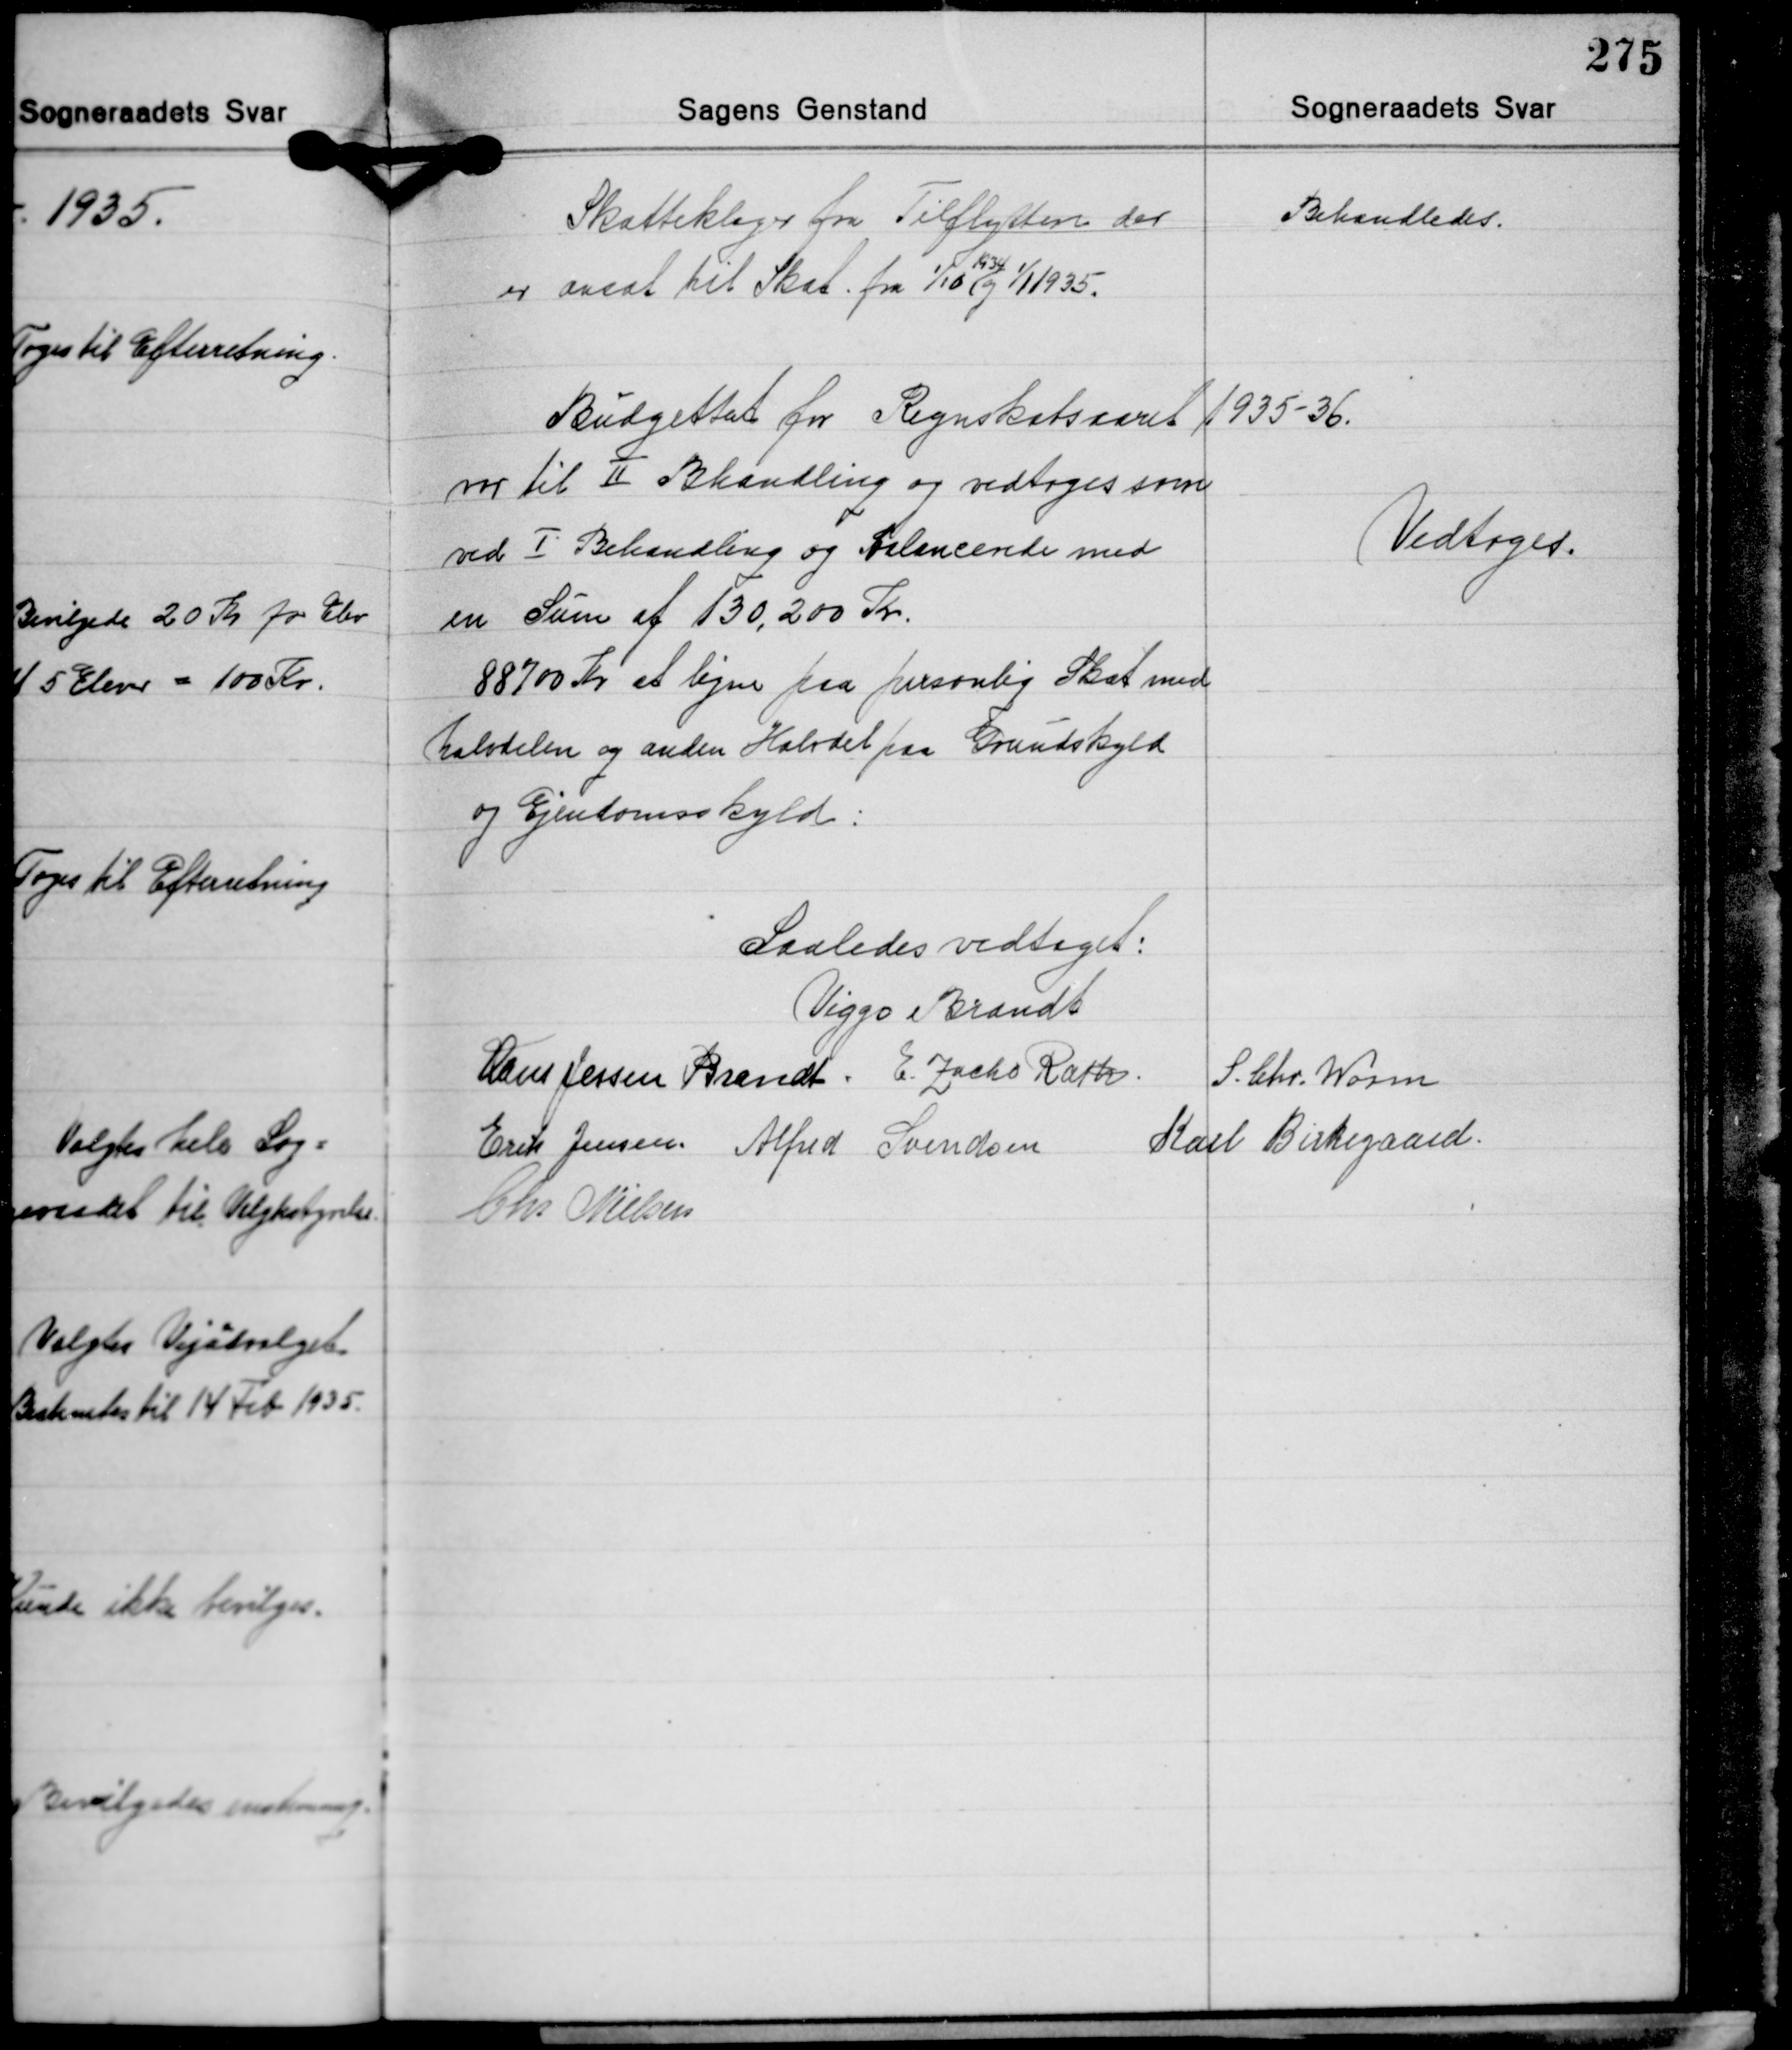
Transskription:
Skatteklager fra Tilflyttere der
er ansat til Skat fra 1/10 og 1/1 1935.
1934

Behandledes.

Budgettet for Regnskabsaaret 1935-36.
var til Ⅱ Behandling og vedtoges som
ved Ⅰ Behandling og Balancerede med
en Sum af 130.200 Kr.
88700 Kr. at ligne paa personlig Skat med
halvdelen og anden Halvdel paa Grundskyld
og Ejendomsskyld:

Vedtoges.

Saaledes vedtaget:
Viggo Brandt
Hans Jessen Brandt E. Zacho Rath
S. Chr. Worm
Erik Jensen Alfred Svendsen Karl Birkegaard
Chr Nielsen